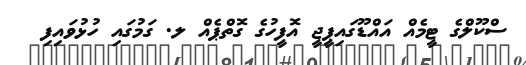
ސްކޫލްގެ ޓީމެއް އައްޑޫގައިޕީޖީ އޮފީހުގެ ގޮތްޕެއް ލ. ގަމުގައި ހުޅުވައިފި